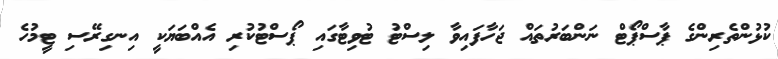
ކުޅުންތެރިންގެ ޕާސްޕޯޓް ނަންބަރުތައް ޖަހާފައިވާ ލިސްޓު ޓުވިޓާގައި ޕޯސްޓުކުރި އެއްބަޔަކީ އިނގިރޭސި ޓީމުހެ